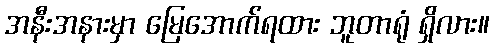
အနီးအနားမှာ မြေအောက်ရထား ဘူတာရုံ ရှိလား။